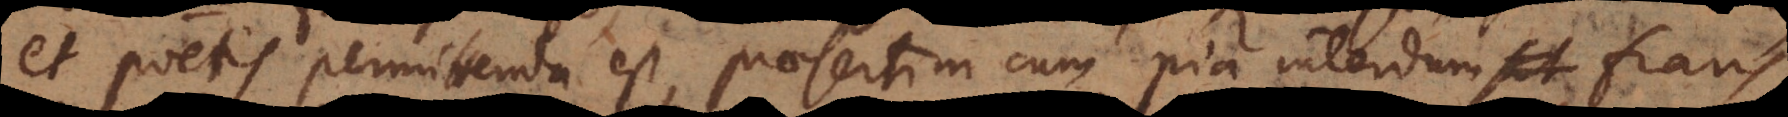
et poetis permittenda est, praesertim cum pia interdum fraus